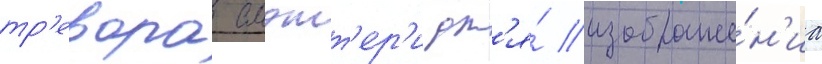
тр'евора слэтт'ер'и дл'я́ изображе́н'иа